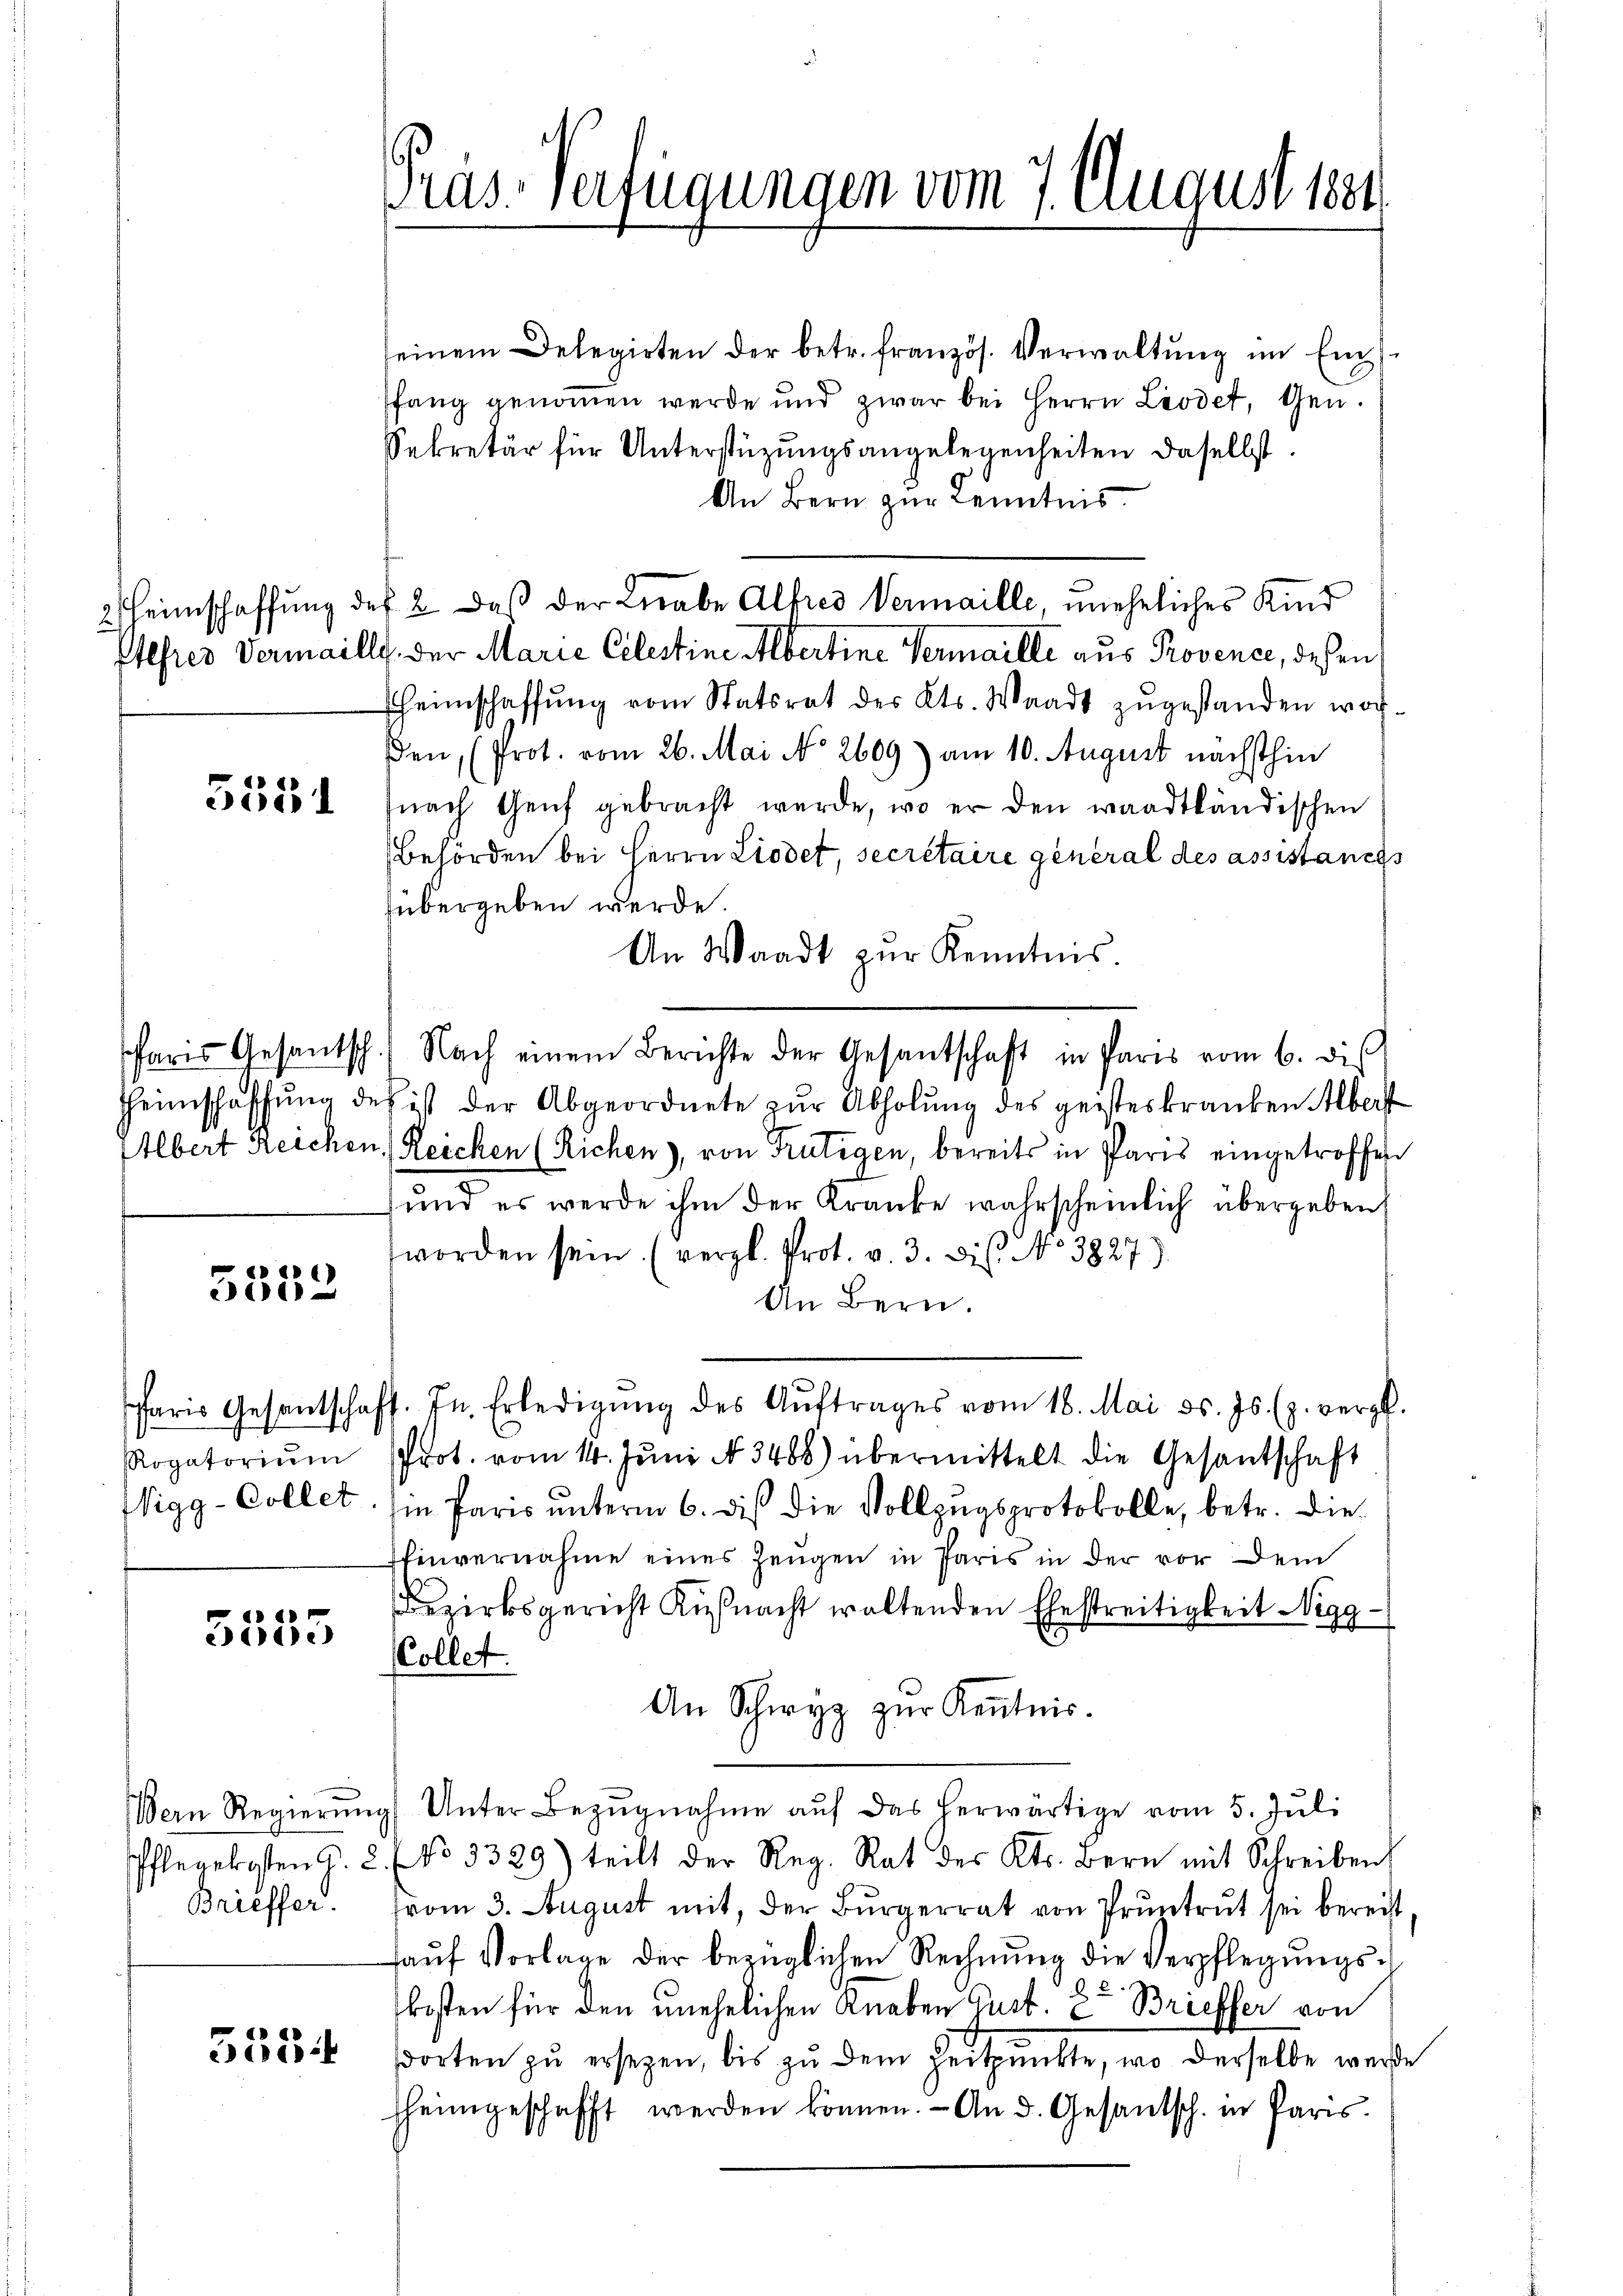
e
1

1
5500

Brieffer.

Präs. Verfügungen vom 7. August 1884

seinem Delegirten der betr. französ. Verwaltŭng im Ei
Pfang genommen werde und zwar bei Herrn Leodet, Gen.
Sekretär für Unterstüzungsangelegenheiten daselbst.
An Bern zur Kenntnis.
2 Heimschaffung des 2. Daß der Lerabe Alfred Vermaille, uneheliches Kind
Ellfres Vermaille, der Marie Celestine Albertine Vermaille aus Provence, deßen
Eheimschaffŭng vom Statsrat des Kts. Waadt zŭgestanden wor-
den, (Prot. vom 26. Mai No 2609) am 10. August nächsthin
56051 (nach Genf gebracht werde, wo er den waadtländischen
Behörden bei Herrn Liodet, secrétaire general des assistances
übergeben werde.
An Waadt zŭr Kenntnis.
Paris Gesantsch. Nach einem Berichte der Gesantschaft in Paris vom 6. dies
Heimschaffŭng des ist der Abgeordnete zŭr Abholŭng des geisteskranken Albert
Elbert Reichen. (Reichen (Richen), von Frutigen, bereits in Paris eingetroffen
und es werde ihm der Kranke wahrscheinlich übergeben
worden sein. (vergl. Prot. v. 3. Die No 3827)
An Bern.
Paris Gesantschaft. In Erledigŭng des Aŭftrages vom 18. Mai d. Js. (z. vergl.
Rogatoriŭm Prot. vom 14. Jŭni N. 3488) übermittelt die Gesantschaft
Wigg-Collet sie Paris unterm 6. dis die Vollzugsprotokolle, betr. die¬
Einvernahme eines Zeugen in Paris in der vor dem
Bezirksgericht Küßnacht waltenden Ehestreitigkeit Nigg
Collet.
An Schwyz zur Kenntnis.
Bern Regierŭng Unter Bezŭgnahme aŭf das herwärtige vom 5. Jŭli
Pflegekosten G. 2. No 3329) teilt der Reg. Rat des Kts. Bern mit Schreiben
vom 3. August mit, der Bürgerrat von Pruntrut sei bereist
aŭf Vorlage der bezüglichen Rechnŭng die Verpflegŭngs-
kosten für den unehelichen Knaben Gust. 2 Brieffer von
50585 Worten zŭ ersezen, bis zŭ dem Zeitpunkte, wo derselbe werde
sheimgeschafft werden können. - An d. Gesantsch. in Paris.